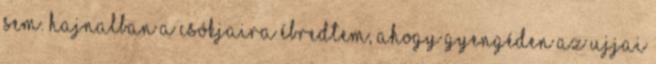
sem. Hajnalban a csókjaira ébredtem, ahogy gyengéden az ujjai